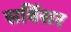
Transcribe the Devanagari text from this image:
सर्विसर